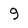
Character: 9